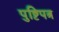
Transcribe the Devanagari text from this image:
पुष्टिपत्र